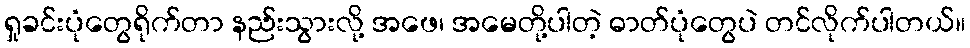
ရှုခင်းပုံတွေရိုက်တာ နည်းသွားလို့ အဖေ၊ အမေတို့ပါတဲ့ ဓာတ်ပုံတွေပဲ တင်လိုက်ပါတယ်။